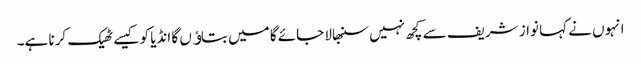
انہوں نے کہا نواز شریف سے کچھ نہیں سنبھالا جائے گا میں بتاﺅں گا انڈیا کو کیسے ٹھیک کرنا ہے۔